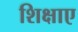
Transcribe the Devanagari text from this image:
शिक्षाए